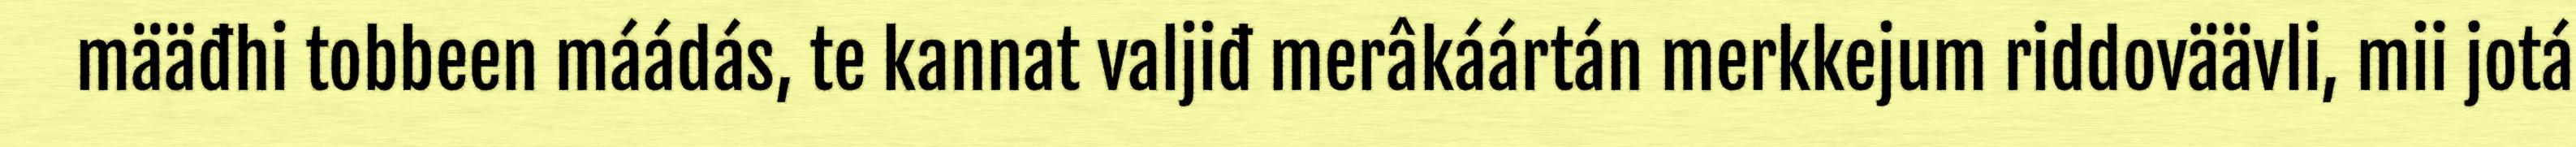
määđhi tobbeen máádás, te kannat valjiđ merâkáártán merkkejum riddoväävli, mii jotá